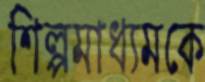
শিল্পমাধ্যমকে